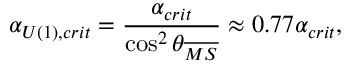
\alpha _ { U ( 1 ) , c r i t } = \frac { \alpha _ { c r i t } } { \cos ^ { 2 } \theta _ { \overline { { { M S } } } } } \approx 0 . 7 7 \alpha _ { c r i t } ,